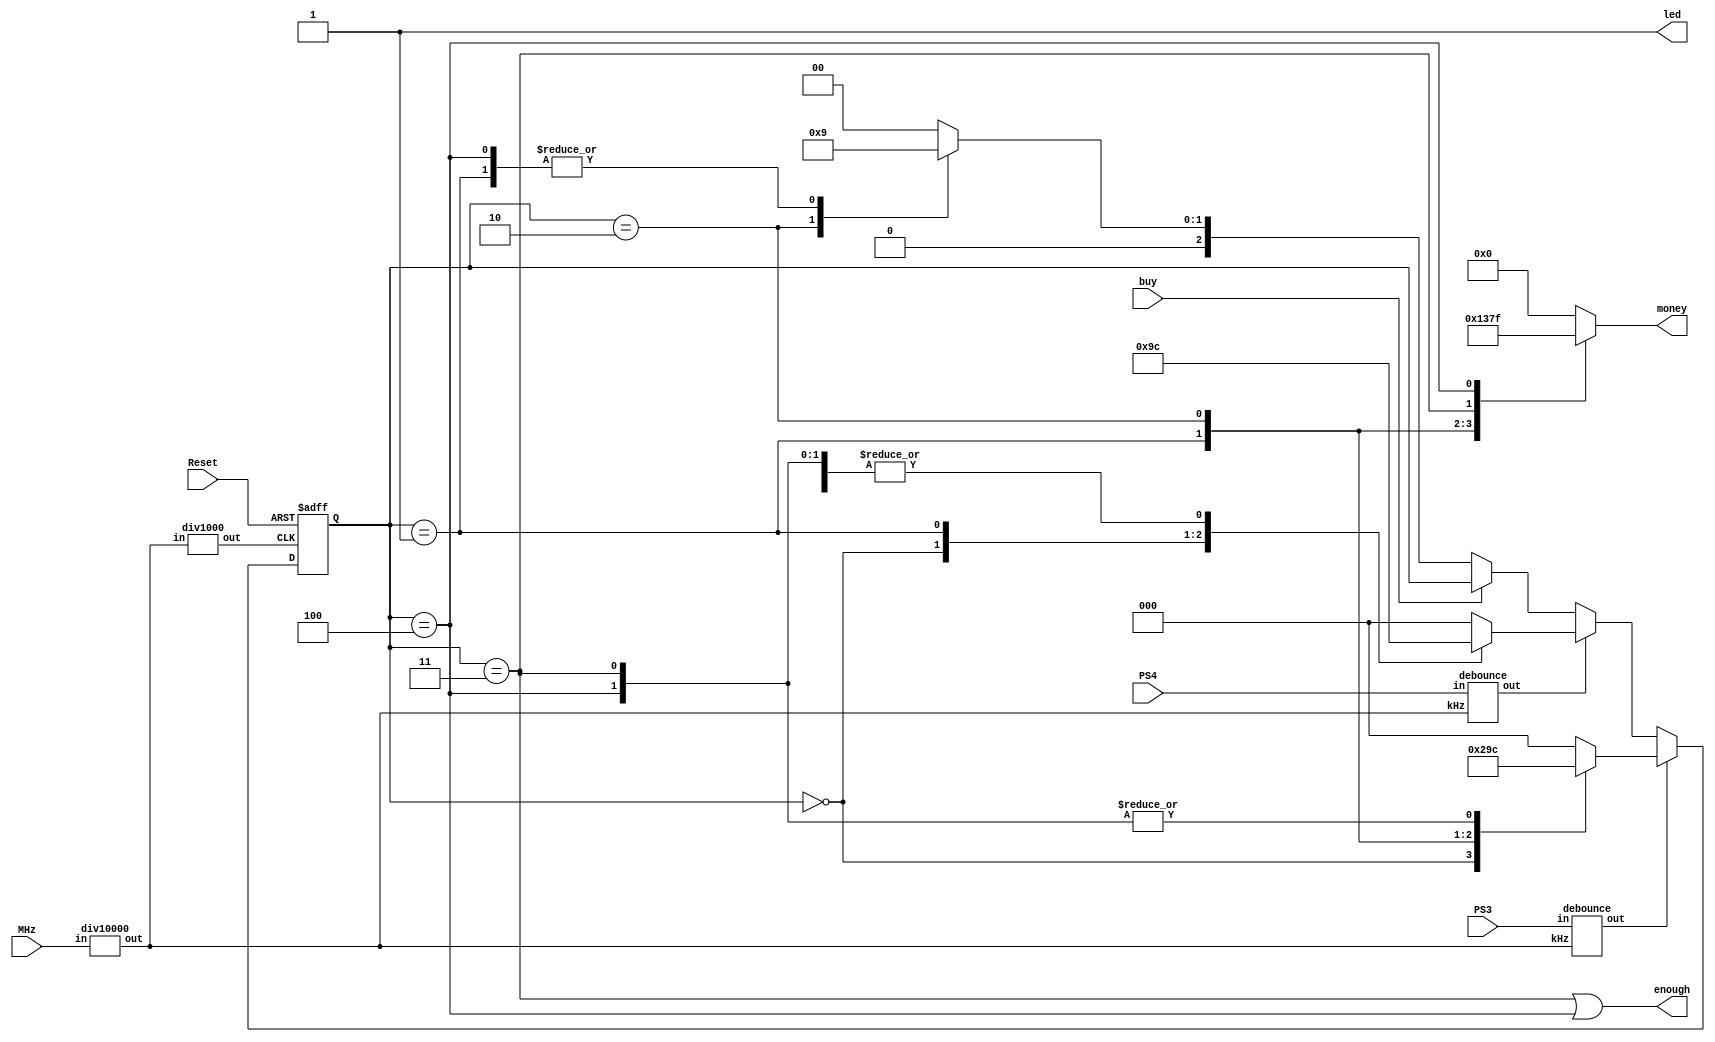
module exp10(money,enough,led,MHz,PS3,PS4,Reset,buy); //ci
 input MHz,PS3,PS4,Reset,buy; //JMHz,PS3,PS4,Reset,buy
 output reg [3:0]money; //OdXmoney[0]~[3]U@ws
 output enough,led; //Xenough,led
 wire kHz,Hz,five,ten; //cq|4usP
 reg [2:0]current,next; //Odcurrent[0]~[2],next[0]~[2]U@ws
 parameter s0=3'd0,s1=3'd1,s2=3'd2,s3=3'd3,s4=3'd4; //wqTws00,s11,s22,s33,s44
 
 div10000 d1(kHz,MHz); //W1AXkHzAJMHz
 div1000 d2(Hz,kHz); //W2AXHzAJkHz
 debounce d3(five,PS3,kHz); //uAXfiveAJPS3,kHz
 debounce d4(ten,PS4,kHz); //uAXtenAJPS4,kHz

 always@(current,five,ten,buy) //current,five,ten,buyAUBehavioral Modelz|Q
  begin //}l
   if(five==1) //pGfive1AHUz
    case(current) //currenttrueAHUz
     s0:next=s1; //currents0Anext=s1
     s1:next=s2; //currents1Anext=s2
     s2:next=s3; //currents2Anext=s3
     s3:next=s4; //currents3Anext=s4
     s4:next=s4; //currents4Anext=s4
     default: next=s0; //currentLAnext=s0
    endcase //case
   else if(ten==1) //LpGten1AHUz
    case(current) //currenttrueAHUz
     s0:next=s2; //currents0Anext=s2
     s1:next=s3; //currents1Anext=s3
     s2:next=s4; //currents2Anext=s4
     s3:next=s4; //currents3Anext=s4
     s4:next=s4; //currents4Anext=s4
     default: next=s0; //currentLAnext=s0
    endcase //case
   else if(buy==0) //LpGbuy0AHUz
    case(current)  //currenttrueAHUz
     s0:next=s0; //currents0Anext=s0
     s1:next=s1; //currents1Anext=s1
     s2:next=s2; //currents2Anext=s2
     s3:next=s0; //currents3Anext=s0
     s4:next=s1; //currents4Anext=s1
     default: next=s0; //currentLAnext=s0
    endcase //case
   else //Lp
    next=current; //nextcurrent
  end //
  
 always@(posedge Hz or negedge Reset) //HztoResetttoAUBehavioral Modelz|Q
  if(~Reset) //pGResettrueAHUz
   current<=s0; //currents0
  else //Lp
   current<=next; //currentnext
 assign enough=(current==s3 || current==s4); //ienoughcurrent==s3current==s4P_
 always@(current) //currentAUBehavioral Modelz|Q
  case(current) //currenttrueAHUz
   s0:money=4'b0000; //currents0AmoneyGi0000
   s1:money=4'b0001; //currents1AmoneyGi0001
   s2:money=4'b0011; //currents2AmoneyGi0011
   s3:money=4'b0111; //currents3AmoneyGi0111
   s4:money=4'b1111; //currents4AmoneyGi1111
   default: money=4'b0000; //currentLAmoneyGi0000
  endcase //case
 assign led=1'b1;  //iled1
endmodule   // 
       
module div1000(out,in); //WH1000i
 input in; //Jin
 output reg out; //OdXoutU@ws
 reg [8:0]counter; //OdXcounter[0]~[8]U@ws
 always@(posedge in) //intoAUBehavioral Modelz|Q
 if(counter==9'd499) //pGcounter499AHUz
  begin //}l
   counter<=9'd0; //counter0
   out<=~out; //out
  end //
 else //Lp
  counter<=counter+9'd1; //conuter+1
endmodule  //

module div10000(out,in); //WH10000i
 input in; //Jin
 output reg out; //OdXoutU@ws
 reg [12:0]counter; //OdXcounter[0]~[12]U@ws
 always@(posedge in) //intoAUBehavioral Modelz|Q
 if(counter==13'd4999) //pGcounter4999AHUz
  begin //}l
   counter<=13'd0; //counter0
   out<=~out; //out
  end //
 else //Lp
  counter<=counter+13'd1; //conuter+1
endmodule  //

module debounce(out,in,kHz); //ui
 input kHz,in; //JkHz,in
 output out; //Xout
 reg [10:0]d; //Odd[0]~d[10]U@ws
 always@(posedge kHz) //kHztoAUBehavioral Modelz|
  begin //}l
   d[10]<=d[9]; //d[10]d[9]
   d[9]<=d[8]; //d[9]d[8]
   d[8]<=d[7]; //d[8]d[7]
   d[7]<=d[6]; //d[7]d[6]
   d[6]<=d[5]; //d[6]d[5]
   d[5]<=d[4]; //d[5]d[4]
   d[4]<=d[3]; //d[4]d[3]
   d[3]<=d[2]; //d[3]d[2]
   d[2]<=d[1]; //d[2]d[1]
   d[1]<=d[0]; //d[1]d[0]
   d[0]<=in; //d[0]in
  end //
 and(out,d[10],d[9],d[8],d[7],d[6],d[5],d[4],d[3],d[2],d[1],d[0]); //hANDAJd[0]~d[10]FXout
endmodule   //u